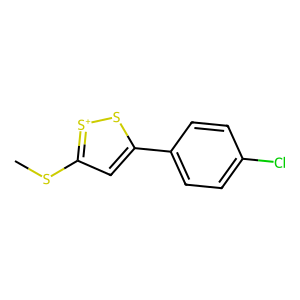
SMILES: CSc1cc(-c2ccc(Cl)cc2)s[s+]1
Inhibits HIV replication: Yes